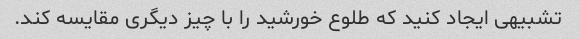
تشبیهی ایجاد کنید که طلوع خورشید را با چیز دیگری مقایسه کند.